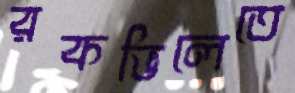
রকভিলেতে